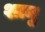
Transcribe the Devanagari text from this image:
शामु